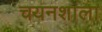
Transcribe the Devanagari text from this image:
चयनशाला